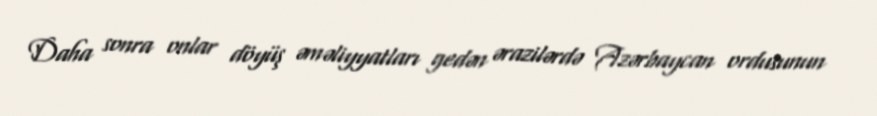
Daha sonra onlar döyüş əməliyyatları gedən ərazilərdə Azərbaycan ordusunun